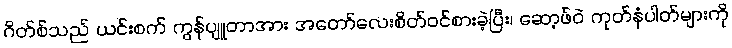
ဂိတ်စ်သည် ယင်းစက် ကွန်ပျူတာအား အတော်လေးစိတ်ဝင်စားခဲ့ပြီး၊ ဆော့ဖ်ဝဲ ကုတ်နံပါတ်များကို